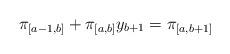
LaTeX: \begin{align*} \pi_{[a-1,b]} + \pi_{[a,b]} y_{b+1}=\pi_{[a,b+1]}\end{align*}